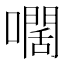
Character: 𡁡